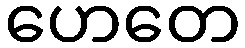
ဟေတေ